Vaccination North-Western Provinces and Oudh 1896-1901 - 1896-1901
Year: 1896
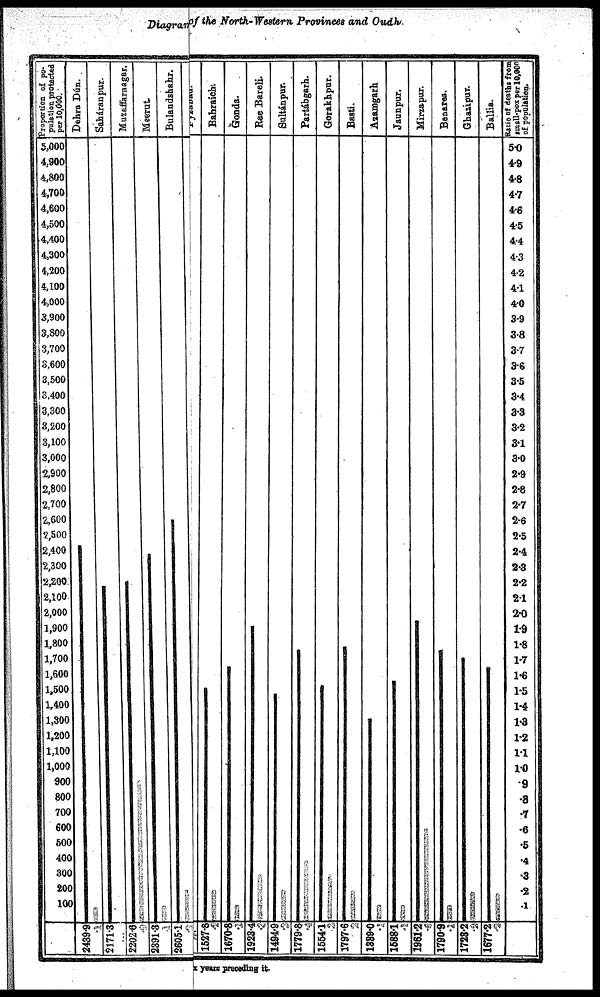
Diagram of the North-Western Provinces and Oudh.